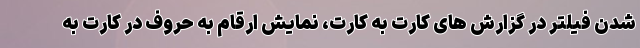
شدن فیلتر در گزارش های کارت به کارت، نمایش ارقام به حروف در کارت به